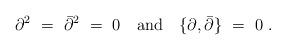
LaTeX: \begin{align*}\partial^2 \ = \ \bar{\partial}^2 \ = \ 0 \quad {\rm and} \quad \{ \partial, \bar{\partial}\} \ = \ 0 \ .\end{align*}